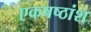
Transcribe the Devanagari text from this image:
एकषष्ठांश